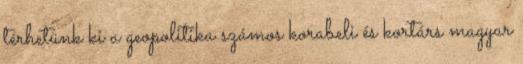
térhetünk ki a geopolitika számos korabeli és kortárs magyar